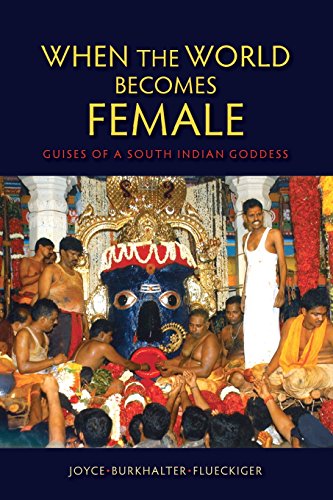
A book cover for When the World Becomes Female: Guises of a South Indian Goddess; Joyce Burkhalter Flueckiger; Religion & Spirituality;